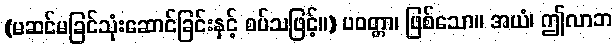
(မဆင်မခြင်သုံးဆောင်ခြင်းနှင့် စပ်သဖြင့်။) ပဝတ္တာ၊ ဖြစ်သော။ အယံ၊ ဤလာဘ